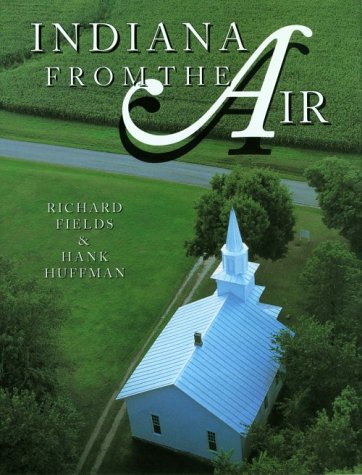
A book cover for Indiana from the Air; Richard Fields; Travel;